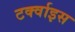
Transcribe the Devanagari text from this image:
टर्क्वाइस